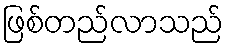
ဖြစ်တည်လာသည်